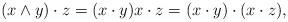
LaTeX: \begin{align*}(x\wedge y)\cdot z=(x\cdot y)x\cdot z=(x\cdot y)\cdot(x\cdot z),\end{align*}